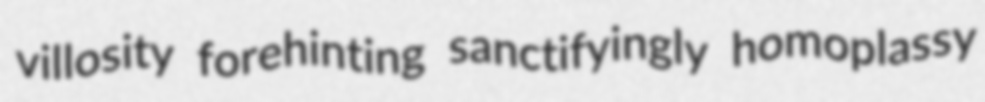
villosity forehinting sanctifyingly homoplassy